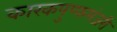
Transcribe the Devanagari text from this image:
कारकपुप्फमंजरी